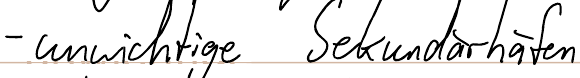
- unwichtige Sekundärhäfen